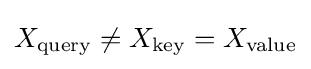
X_{\text{query}}\neq X_{\text{key}}=X_{\text{value}}